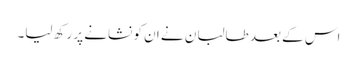
اس کے بعد طالبان نے ان کو نشانے پر رکھ لیا۔